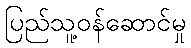
ပြည်သူ့ဝန်ဆောင်မှု